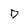
Character: D